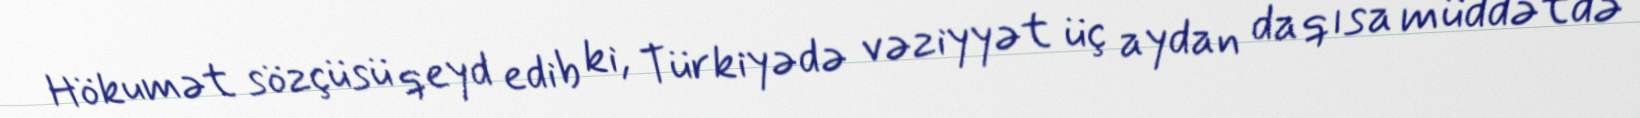
Hökumət sözçüsü qeyd edib ki, Türkiyədə vəziyyət üç aydan da qısa müddətdə